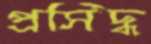
প্রসিদ্ধ